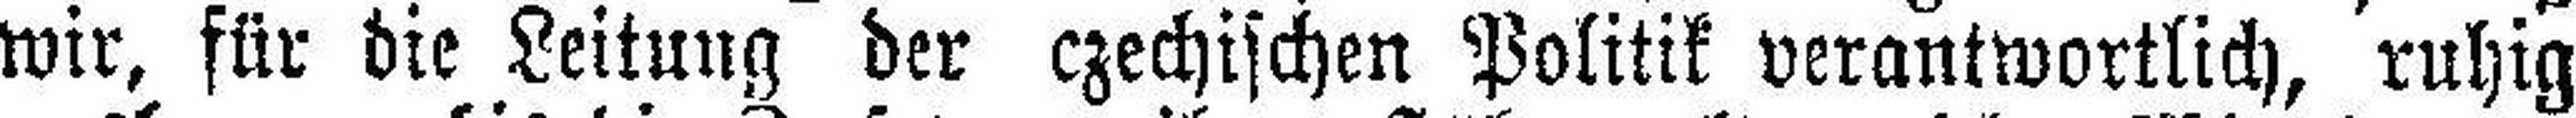
wir, für die Leitung der czechischen Politik verantwortlich, ruhig